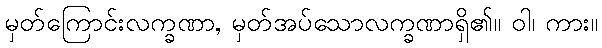
မှတ်ကြောင်းလက္ခဏာ, မှတ်အပ်သောလက္ခဏာရှိ၏။ ဝါ၊ ကား။